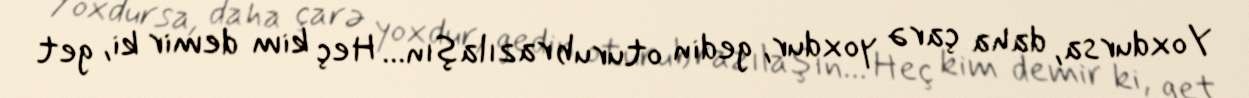
Yoxdursa, daha çarə yoxdur, gedin oturub razılaşın... Heç kim demir ki, get